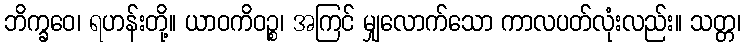
ဘိက္ခဝေ၊ ရဟန်းတို့။ ယာဝကိဝဉ္စ၊ အကြင် မျှလောက်သော ကာလပတ်လုံးလည်း။ သတ္တ၊